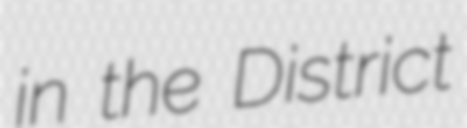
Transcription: in the District